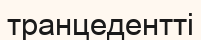
транцедентті